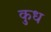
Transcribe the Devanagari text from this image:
कुध